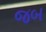
જબ